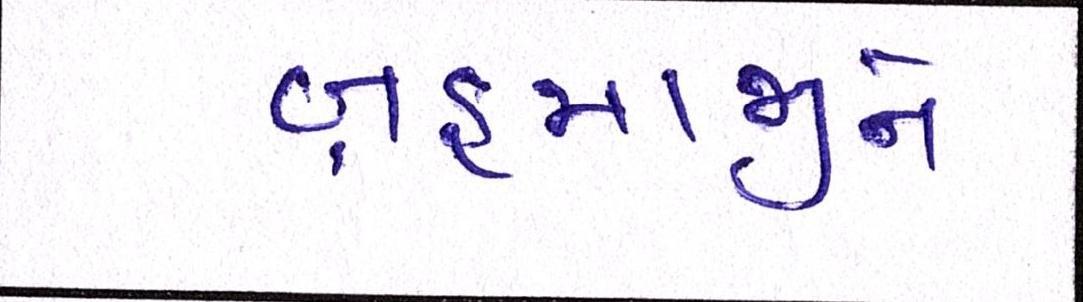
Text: બ્રહ્માજીને